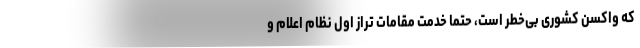
که واکسن کشوری بی‌خطر است، حتما خدمت مقامات تراز اول نظام اعلام و